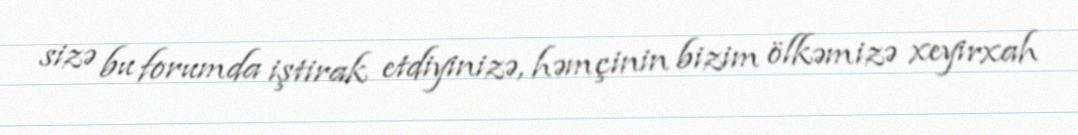
sizə bu forumda iştirak etdiyinizə, həmçinin bizim ölkəmizə xeyirxah